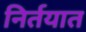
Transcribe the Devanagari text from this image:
निर्तयात